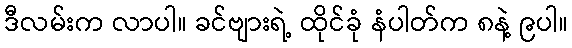
ဒီလမ်းက လာပါ။ ခင်ဗျားရဲ့ ထိုင်ခုံ နံပါတ်က ၈နဲ့ ၉ပါ။